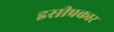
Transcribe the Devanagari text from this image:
इसीप्रकार